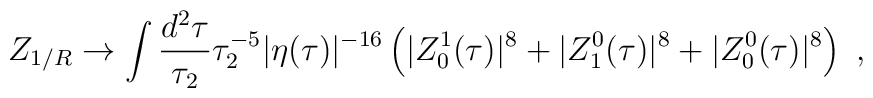
Z_{1/R}\to \int \frac{d^2\tau}{\tau_2}\tau_2^{-5}|\eta(\tau)|^{-16}             \left( |Z^1_0(\tau)|^8+|Z^0_1(\tau)|^8+|Z^0_0(\tau)|^8 \right)\ ,